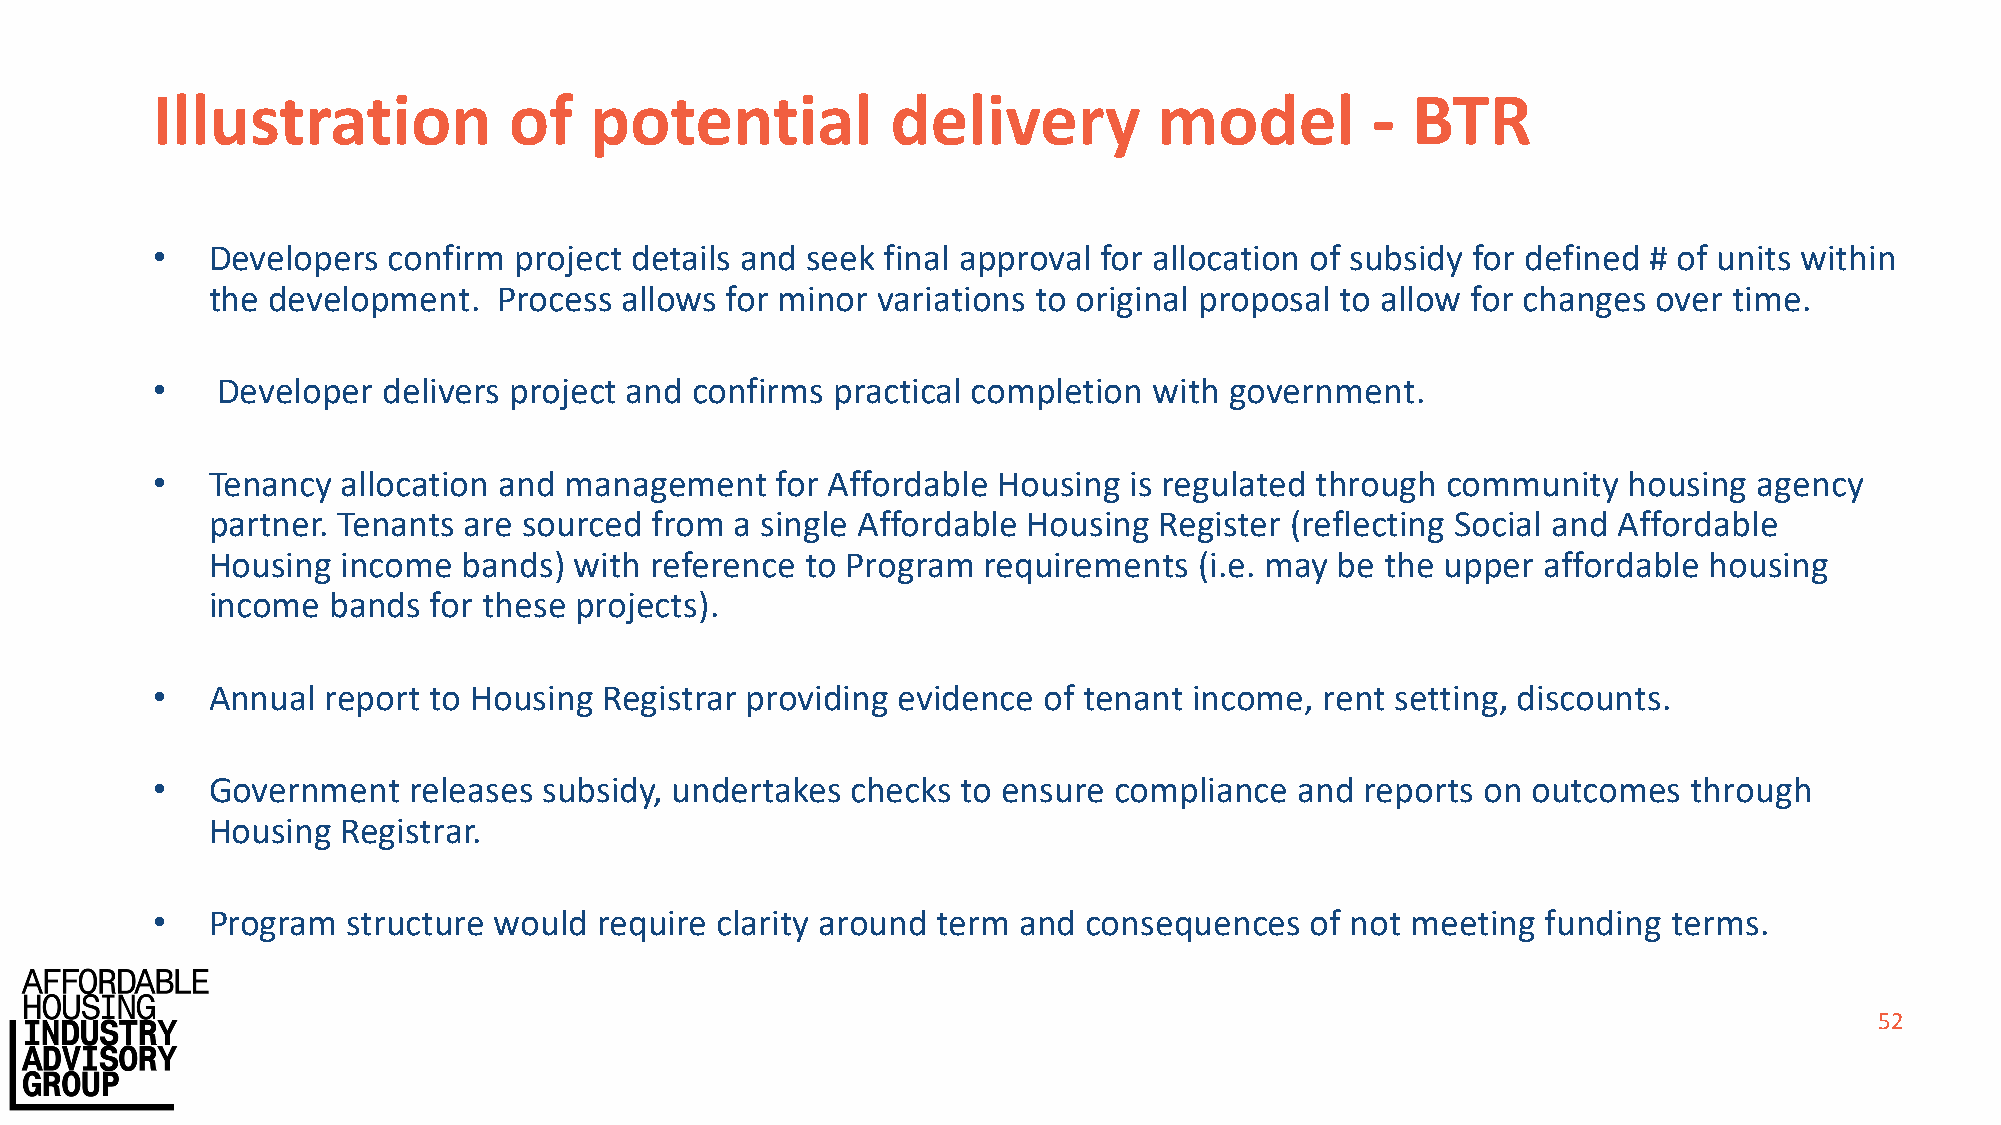
Illustration            of   potential           delivery          model         - BTR
 •   Developers  confirm project details and seek final approval for allocation of subsidy for defined # of units within
 the development.   Process allows for minor variations to original proposal to allow for changes over time.
 •   Developer  delivers project and confirms practical completion with government.
 •   Tenancy  allocation and management   for Affordable Housing  is regulated through community   housing agency
 partner. Tenants are sourced from  a single Affordable Housing Register (reflecting Social and Affordable
 Housing  income  bands) with reference to Program  requirements  (i.e. may be the upper affordable housing
 income  bands for these projects).
 •   Annual  report to Housing Registrar providing evidence of tenant income,  rent setting, discounts.
 •   Government   releases subsidy, undertakes checks  to ensure compliance  and reports on outcomes   through
 Housing  Registrar.
 •   Program  structure would  require clarity around term and consequences   of not meeting funding  terms.
 52